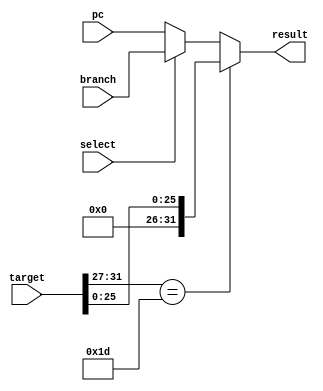
`timescale 1ns / 1ps
//////////////////////////////////////////////////////////////////////////////////
// Company: 
// Engineer: 
// 
// Design Name: 
// Module Name:    mul32 
// Project Name: 
// Target Devices: 
// Tool versions: 
// Description: 
//
// Dependencies: 
//
// Revision: 
// Revision 0.01 - File Created
// Additional Comments: 
// HW1_1
/////////////////////////////////////////////////////////////////////////////////
module mult32(pc,branch,target,select,result);
	 input [31:0] pc;
    input [31:0] branch;
	 input [31:0] target;
	 input select;
    output [31:0] result;
	 //assign result=(select==1'b1)? branch:pc ;
	 assign result =(target[31:27]==5'b11101)?{4'b0,target[25:0]}:( (select==1'b1)? branch:pc );

endmodule

/*    input [31:0] pc;
    input [31:0] branch;
    input [31:0] target;
	 input select;
    output reg [31:0] result;
     
always@(select or pc or branch)
begin 
	
	if(select == 1'b1)begin
		result = branch;
		end
	else begin
		result = pc;
		end
end		
	

endmodule*/